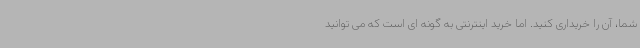
شما، آن را خریداری کنید. اما خرید اینترنتی به گونه ای است که می توانید